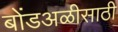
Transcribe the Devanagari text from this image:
बोंडअळीसाठी